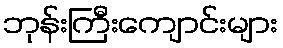
ဘုန်းကြီးကျောင်းများ